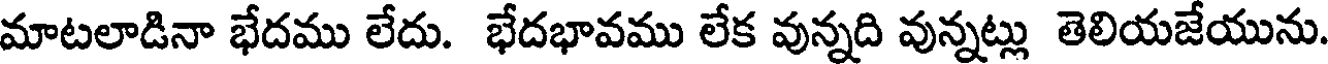
మాటలాడినా భేదము లేదు. భేదభావము లేక వున్నది వున్నట్లు తెలియజేయును.